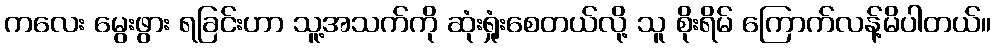
ကလေး မွေးဖွား ရခြင်းဟာ သူ့အသက်ကို ဆုံးရှုံးစေတယ်လို့ သူ စိုးရိမ် ကြောက်လန့်မိပါတယ်။